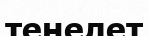
теңелет